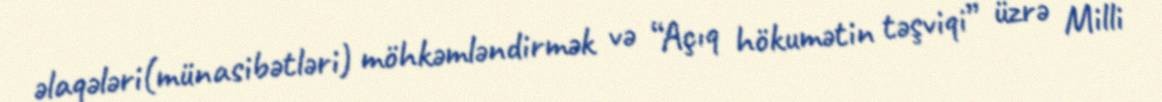
əlaqələri(münasibətləri) möhkəmləndirmək və “Açıq hökumətin təşviqi” üzrə Milli